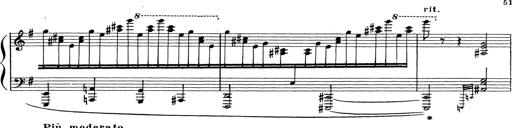
Title: Grosses Konzertsolo
Composer: Franz Liszt